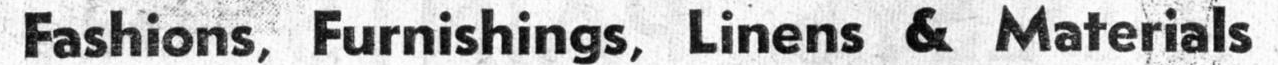
Fashions, Furnishings, Linens & Materials